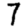
Digit: 7